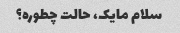
سلام مایک، حالت چطوره؟